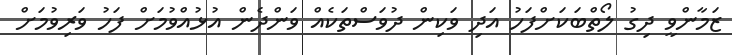
ޒަމާންވީ ދިގު ލޯތްބަކަށްފަހު އަދި ވަކިން ދުވަސްތަކެއް ވަންދެން އުޅުއްވުމަށް ފަހު ވަރިވުމަށް